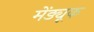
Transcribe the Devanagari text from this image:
मेंड्यूक